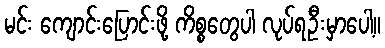
မင်း ကျောင်းပြောင်းဖို့ ကိစ္စတွေပါ လုပ်ရဦးမှာပေါ့။